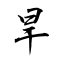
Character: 旱